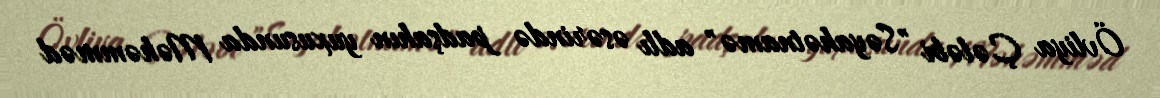
Övliya Çələbi "Səyahətnamə" adlı əsərində padşahın yuxusunda Məhəmməd